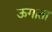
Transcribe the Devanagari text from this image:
ऊगाता